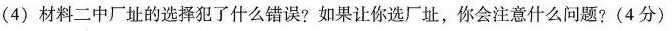
(4) 材料二中厂址的选择犯了什么错误?如果让你选厂址，你会注意什么问题? (4分)